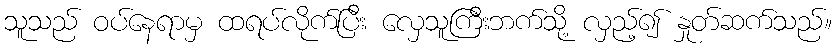
သူသည် ဝပ်နေရာမှ ထရပ်လိုက်ပြီး လှေသူကြီးဘက်သို့ လှည့်၍ နှုတ်ဆက်သည်။